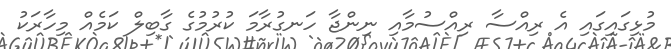
މުޅިގައިގައި އެ ރިއްސާ ރިއްސުމާއި ނިންޖާ ހަނގުރާމަ ކުރުމުގެ ގާބިލް ކަމެއް މިހާރަކު